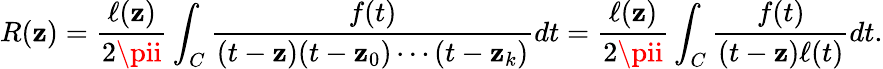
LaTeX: R(\mathbf{z})={\frac{{\ell(\mathbf{z})}}{{2\pii}}}\int_{C}{\frac{{f(t)}}{{(t-\mathbf{z})(t-\mathbf{z}_{0})\cdots(t-\mathbf{z}_{k})}}}dt={\frac{{\ell(\mathbf{z})}}{{2\pii}}}\int_{C}{\frac{{f(t)}}{{(t-\mathbf{z})\ell(t)}}}dt.